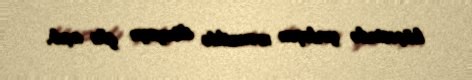
küçəsində yerləşən mənzildə dünyaya göz açıb.